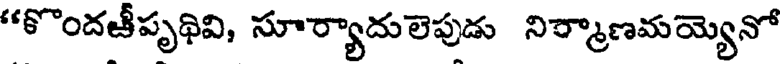
"కొందజీపృథివి, సూర్యాదులెపుడు నిర్మాణమయ్యెనో